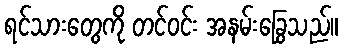
ရင်သားတွေကို တင်ဝင်း အနမ်းခြွေသည်။